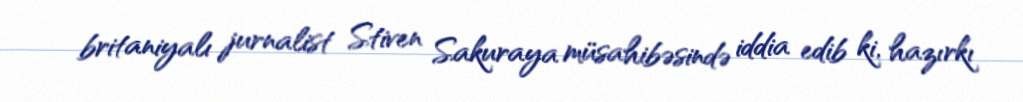
britaniyalı jurnalist Stiven Sakuraya müsahibəsində iddia edib ki, hazırkı